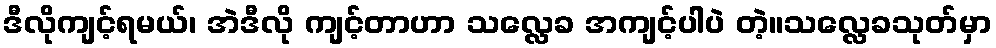
ဒီလိုကျင့်ရမယ်၊ အဲဒီလို ကျင့်တာဟာ သလ္လေခ အကျင့်ပါပဲ တဲ့။သလ္လေခသုတ်မှာ